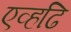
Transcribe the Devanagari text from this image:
एव्हढि